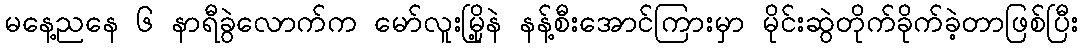
မနေ့ညနေ ၆ နာရီခွဲလောက်က မော်လူးမြို့နဲ နန့်စီးအောင်ကြားမှာ မိုင်းဆွဲတိုက်ခိုက်ခဲ့တာဖြစ်ပြီး